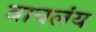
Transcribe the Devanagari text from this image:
वाचलंय